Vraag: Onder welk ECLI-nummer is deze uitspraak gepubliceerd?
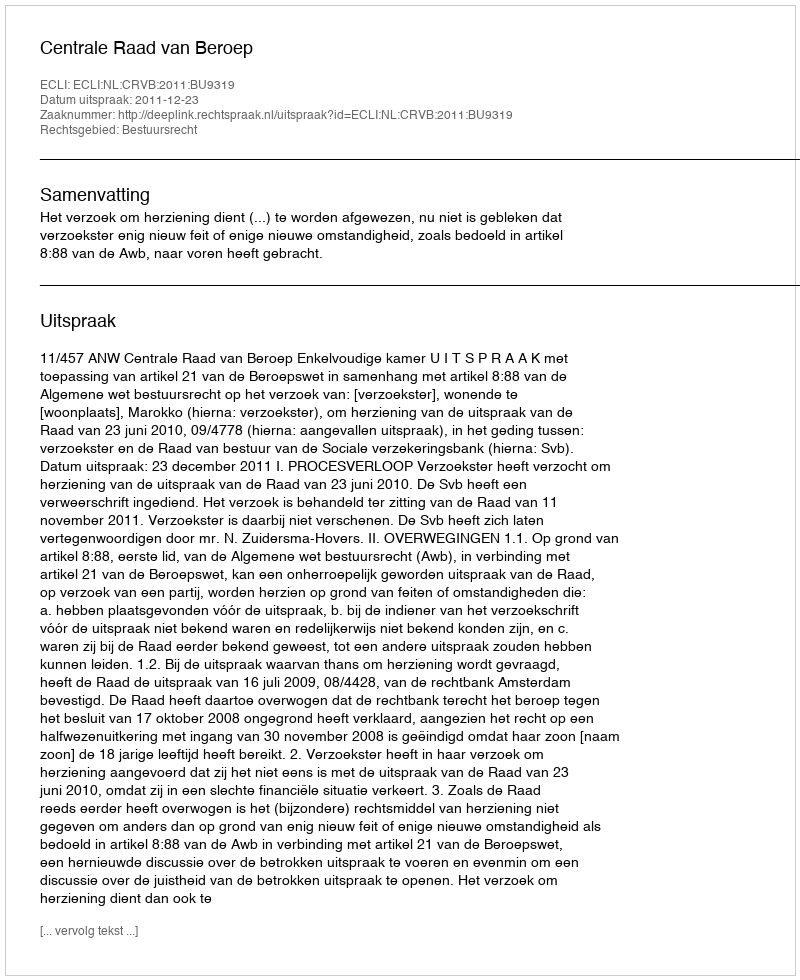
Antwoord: ECLI:NL:CRVB:2011:BU9319